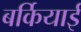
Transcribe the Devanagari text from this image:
बर्कियाई